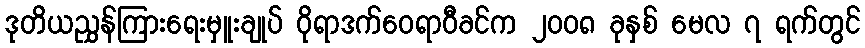
ဒုတိယညွှန်ကြားရေးမှူးချုပ် ဝိုရာဒက်ဝေရာဝီခင်က ၂၀၀၈ ခုနှစ် မေလ ၇ ရက်တွင်